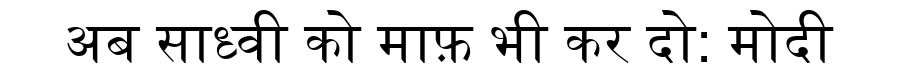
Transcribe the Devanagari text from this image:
अब साध्वी को माफ़ भी कर दो: मोदी